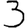
Digit: 3